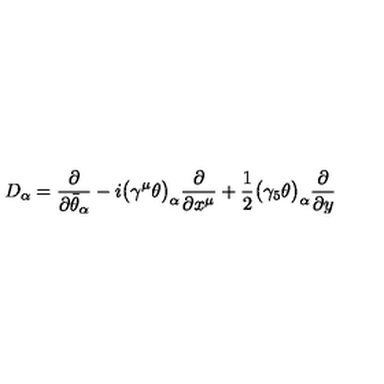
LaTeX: D _ { \alpha } = \frac { \partial } { \partial \bar { \theta } _ { \alpha } } - i \bigl ( \gamma ^ { \mu } \theta \bigr ) _ { \alpha } \frac { \partial } { \partial x ^ { \mu } } + \frac { 1 } { 2 } \bigl ( \gamma _ { 5 } \theta \bigr ) _ { \alpha } \frac { \partial } { \partial y }